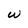
Character: w